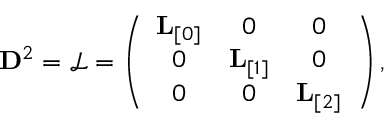
\begin{array} { r } { { { \bf D } } ^ { 2 } = \mathcal { L } = \left( \begin{array} { c c c } { { \bf L } _ { [ 0 ] } } & { 0 } & { 0 } \\ { 0 } & { { \bf L } _ { [ 1 ] } } & { 0 } \\ { 0 } & { 0 } & { { \bf L } _ { [ 2 ] } } \end{array} \right) , } \end{array}